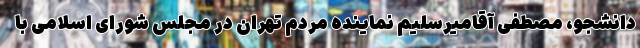
دانشجو، مصطفی آقامیرسلیم نماینده مردم تهران در مجلس شورای اسلامی با